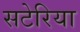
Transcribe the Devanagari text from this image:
सटेरिया